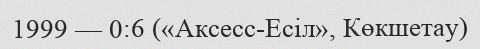
1999 — 0:6 («Аксесс-Есіл», Көкшетау)